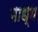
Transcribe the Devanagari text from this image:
माध्म